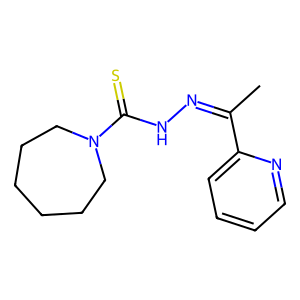
SMILES: CC(=NNC(=S)N1CCCCCC1)c1ccccn1
Inhibits HIV replication: No